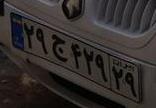
۲۹ج۴۲۹۲۹